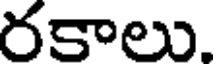
రకాలు.